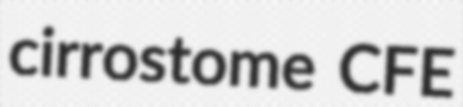
cirrostome CFE